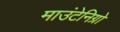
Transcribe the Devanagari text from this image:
माउंटेनिग्रो